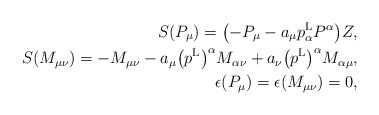
\begin{align*} S(P_{\mu})=\big({-}P_{\mu}-a_{\mu}p^{\rm L}_{\alpha}P^{\alpha}\big)Z,\\ S(M_{\mu\nu})=-M_{\mu\nu} -a_{\mu}\big(p^{\rm L}\big)^\alpha M_{\alpha\nu}+a_{\nu}\big(p^{\rm L}\big)^\alpha M_{\alpha\mu},\\ \epsilon(P_{\mu})=\epsilon(M_{\mu\nu})=0,\end{align*}